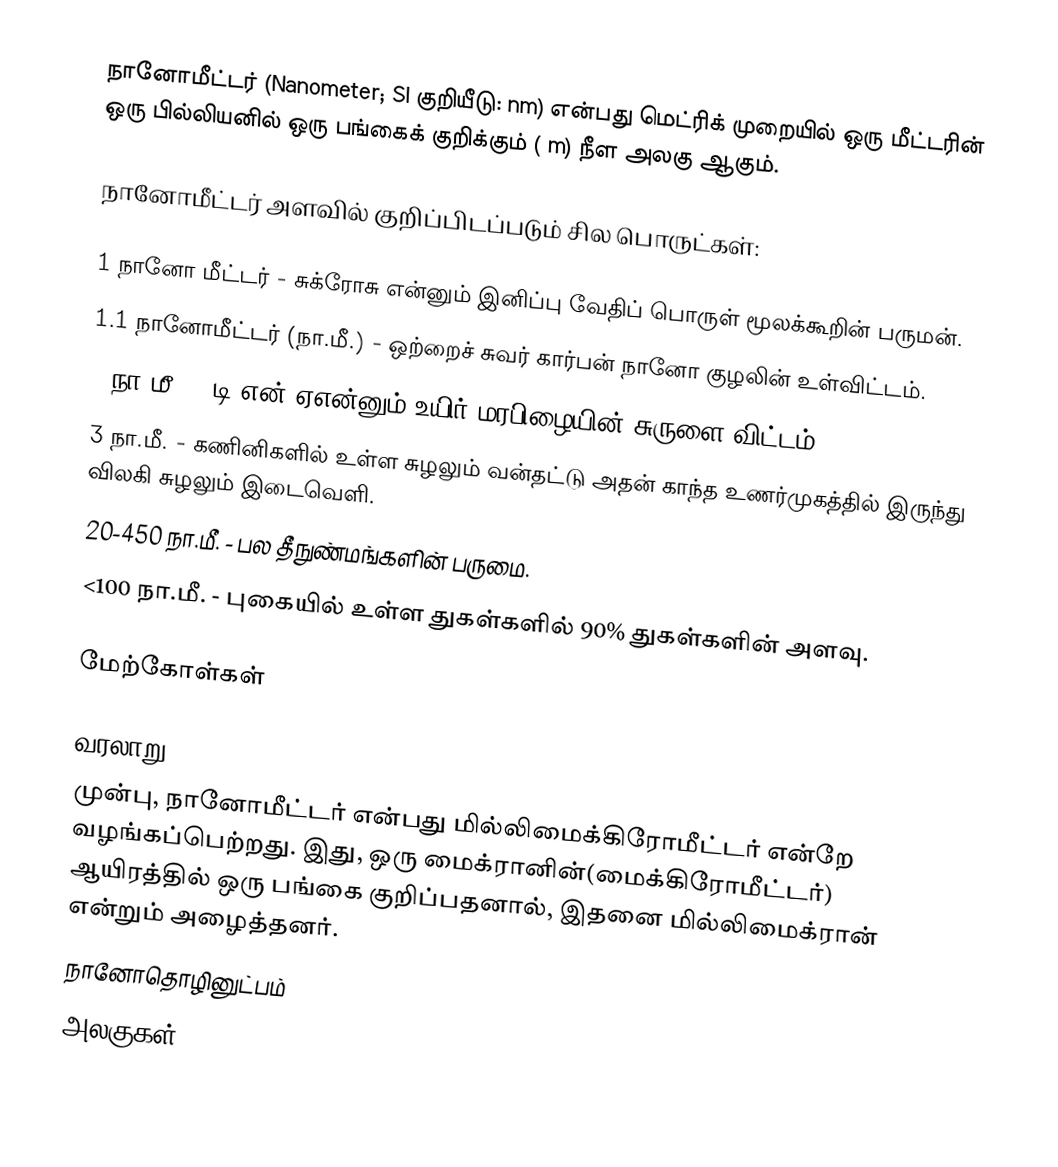
நானோமீட்டர் (Nanometer; SI குறியீடு: nm) என்பது மெட்ரிக் முறையில் ஒரு மீட்டரின் ஒரு பில்லியனில் ஒரு பங்கைக் குறிக்கும் (  m)  நீள அலகு ஆகும்.

நானோமீட்டர் அளவில் குறிப்பிடப்படும் சில பொருட்கள்:

 1 நானோ மீட்டர் - சுக்ரோசு என்னும் இனிப்பு வேதிப் பொருள் மூலக்கூறின் பருமன்.
 1.1 நானோமீட்டர் (நா.மீ.) - ஒற்றைச் சுவர் கார்பன் நானோ குழலின் உள்விட்டம்.
 2 நா.மீ. - டி.என்.ஏஎன்னும் உயிர் மரபிழையின் சுருளை விட்டம்.
 3 நா.மீ. - கணினிகளில் உள்ள சுழலும் வன்தட்டு அதன் காந்த உணர்முகத்தில் இருந்து விலகி சுழலும் இடைவெளி.
 20-450 நா.மீ. - பல தீநுண்மங்களின் பருமை.
 <100 நா.மீ.  - புகையில் உள்ள துகள்களில் 90% துகள்களின் அளவு.

மேற்கோள்கள்

வரலாறு
முன்பு, நானோமீட்டர் என்பது மில்லிமைக்கிரோமீட்டர் என்றே வழங்கப்பெற்றது. இது, ஒரு மைக்ரானின்(மைக்கிரோமீட்டர்) ஆயிரத்தில் ஒரு பங்கை குறிப்பதனால், இதனை மில்லிமைக்ரான் என்றும் அழைத்தனர்.
நானோதொழினுட்பம்
அலகுகள்